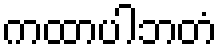
ကထာပါဘတံ